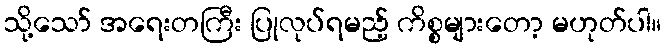
သို့သော် အရေးတကြီး ပြုလုပ်ရမည့် ကိစ္စများတော့ မဟုတ်ပါ။